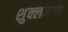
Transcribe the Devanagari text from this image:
शुक्लनगर